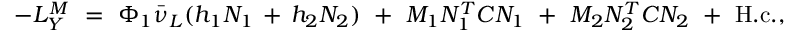
- { \cal L } _ { Y } ^ { M } \ = \ \Phi _ { 1 } \bar { \nu } _ { L } ( h _ { 1 } N _ { 1 } \, + \, h _ { 2 } N _ { 2 } ) \ + \ M _ { 1 } N _ { 1 } ^ { T } C N _ { 1 } \ + \ M _ { 2 } N _ { 2 } ^ { T } C N _ { 2 } \ + \ \mathrm { H . c . } ,